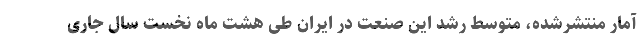
آمار منتشرشده، متوسط رشد این صنعت در ایران طی هشت ماه نخست سال جاری